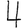
Digit: 4